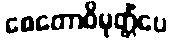
စေတောဝိမုတ္တိံပေ